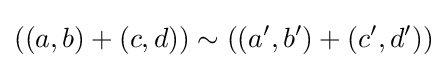
((a,b)+(c,d))\sim ((a',b')+(c',d'))